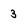
Character: 3